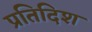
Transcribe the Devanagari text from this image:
प्रतिदिश